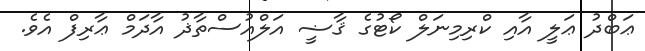
ޢަބްދު ޢަލީ އާއި ކްރިމިނަލް ކޯޓުގެ ޤާޟީ އަލްއުސްތާޛު އާދަމް ޢާރިފް އެވެ.